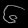
Digit: ၆